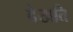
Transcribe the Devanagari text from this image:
देखति